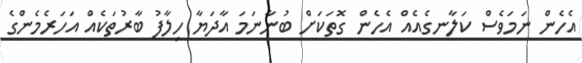
އެހެން ނަމަވެސް ކަލާނގެއެއް އެހެން ގޮތަކަށް ބުނާނަމަ އާދަޔާ ހިލާފު ބާރުތަކެއް އަހަރެމެންގެ